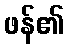
ဖန်၏